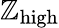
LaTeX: \mathbb{Z}_{\mathrm{{{high}}}}